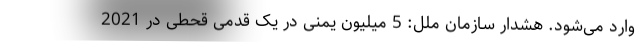
وارد می‌شود. هشدار سازمان ملل: 5 میلیون یمنی در یک قدمی قحطی در 2021